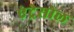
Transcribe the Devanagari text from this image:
एंट्रेसोल